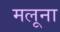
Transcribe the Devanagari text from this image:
मलूना